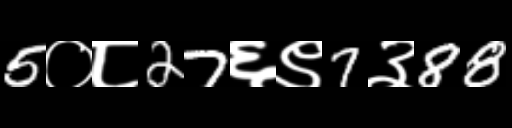
Text: 5०८27६९7३88